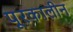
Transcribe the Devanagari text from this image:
पूरकालीन